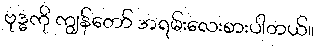
ဗုဒ္ဓကို ကျွန်တော် အရမ်းလေးစားပါတယ်။